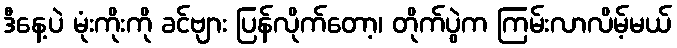
ဒီနေ့ပဲ မုံးကိုးကို ခင်ဗျား ပြန်လိုက်တော့၊ တိုက်ပွဲက ကြမ်းလာလိမ့်မယ်